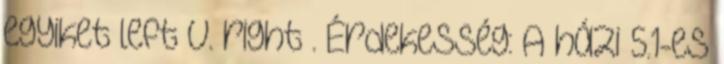
egyiket left v. right . Érdekesség: A házi 5.1-es